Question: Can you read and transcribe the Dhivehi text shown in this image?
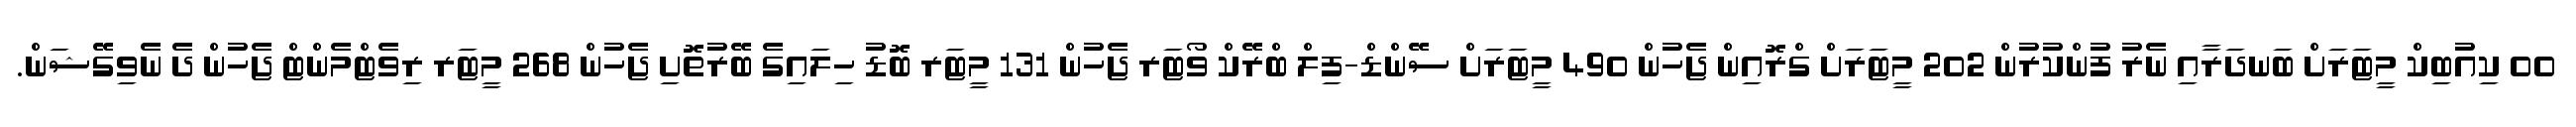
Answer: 00 ކިއުބިކް މީޓަރަށް ބަނދަރާއި ނެރު ފުންކުރުން 202 މީޓަރަށް ގްރޮއިން ޖެހުން 490 މީޓަރަށް ސޭންޑް-ފިލް ބްރޭކް ވޯޓަރ ޖެހުން 131 މީޓަރ ބޮޑު ހިލައިގެ ބޭރުތޮށި ޖެހުން 268 މީޓަރ ރިވެޓްމެންޓް ޖެހުން ދެ ނެވިގޭޝަން.